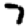
Digit: 7